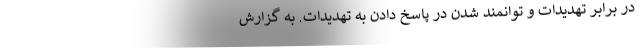
در برابر تهدیدات و توانمند شدن در پاسخ دادن به تهدیدات. به گزارش